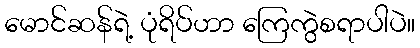
မောင်ဆန်ရဲ့ ပုံရိပ်ဟာ ကြေကွဲစရာပါပဲ။